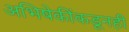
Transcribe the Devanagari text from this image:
अभिषेकींकडूनही